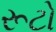
રૂટો